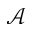
\mathcal { A }